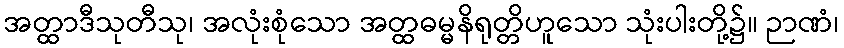
အတ္ထာဒီသုတီသု၊ အလုံးစုံသော အတ္ထဓမ္မနိရုတ္တိဟူသော သုံးပါးတို့၌။ ဉာဏံ၊